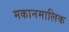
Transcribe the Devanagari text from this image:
मकानमालिक